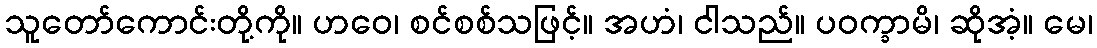
သူတော်ကောင်းတို့ကို။ ဟဝေ၊ စင်စစ်သဖြင့်။ အဟံ၊ ငါသည်။ ပဝက္ခာမိ၊ ဆိုအံ့။ မေ၊